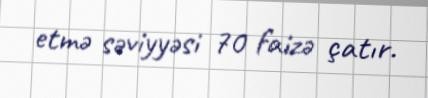
etmə səviyyəsi 70 faizə çatır.